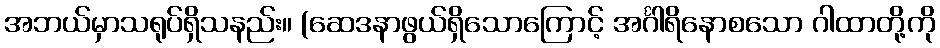
အဘယ်မှာသရုပ်ရှိသနည်း။ (ဆေဒနာဖွယ်ရှိသောကြောင့် အင်္ဂါရိနောစသော ဂါထာတို့ကို